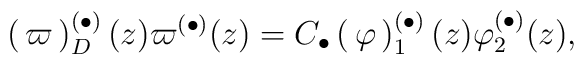
\begin{pmatrix} \varpi_D^{(\bullet)}(z) \\ \varpi^{(\bullet)}(z) \end{pmatrix}= C_{\bullet}\begin{pmatrix}\varphi_1^{(\bullet)}(z) \\ \varphi_2^{(\bullet)}(z) \end{pmatrix},